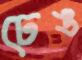
ঢেঙ